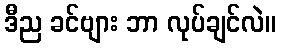
ဒီည ခင်ဗျား ဘာ လုပ်ချင်လဲ။